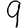
Digit: 9